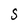
Character: S